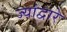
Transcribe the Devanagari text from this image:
ज्यांद्वारे